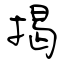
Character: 揭